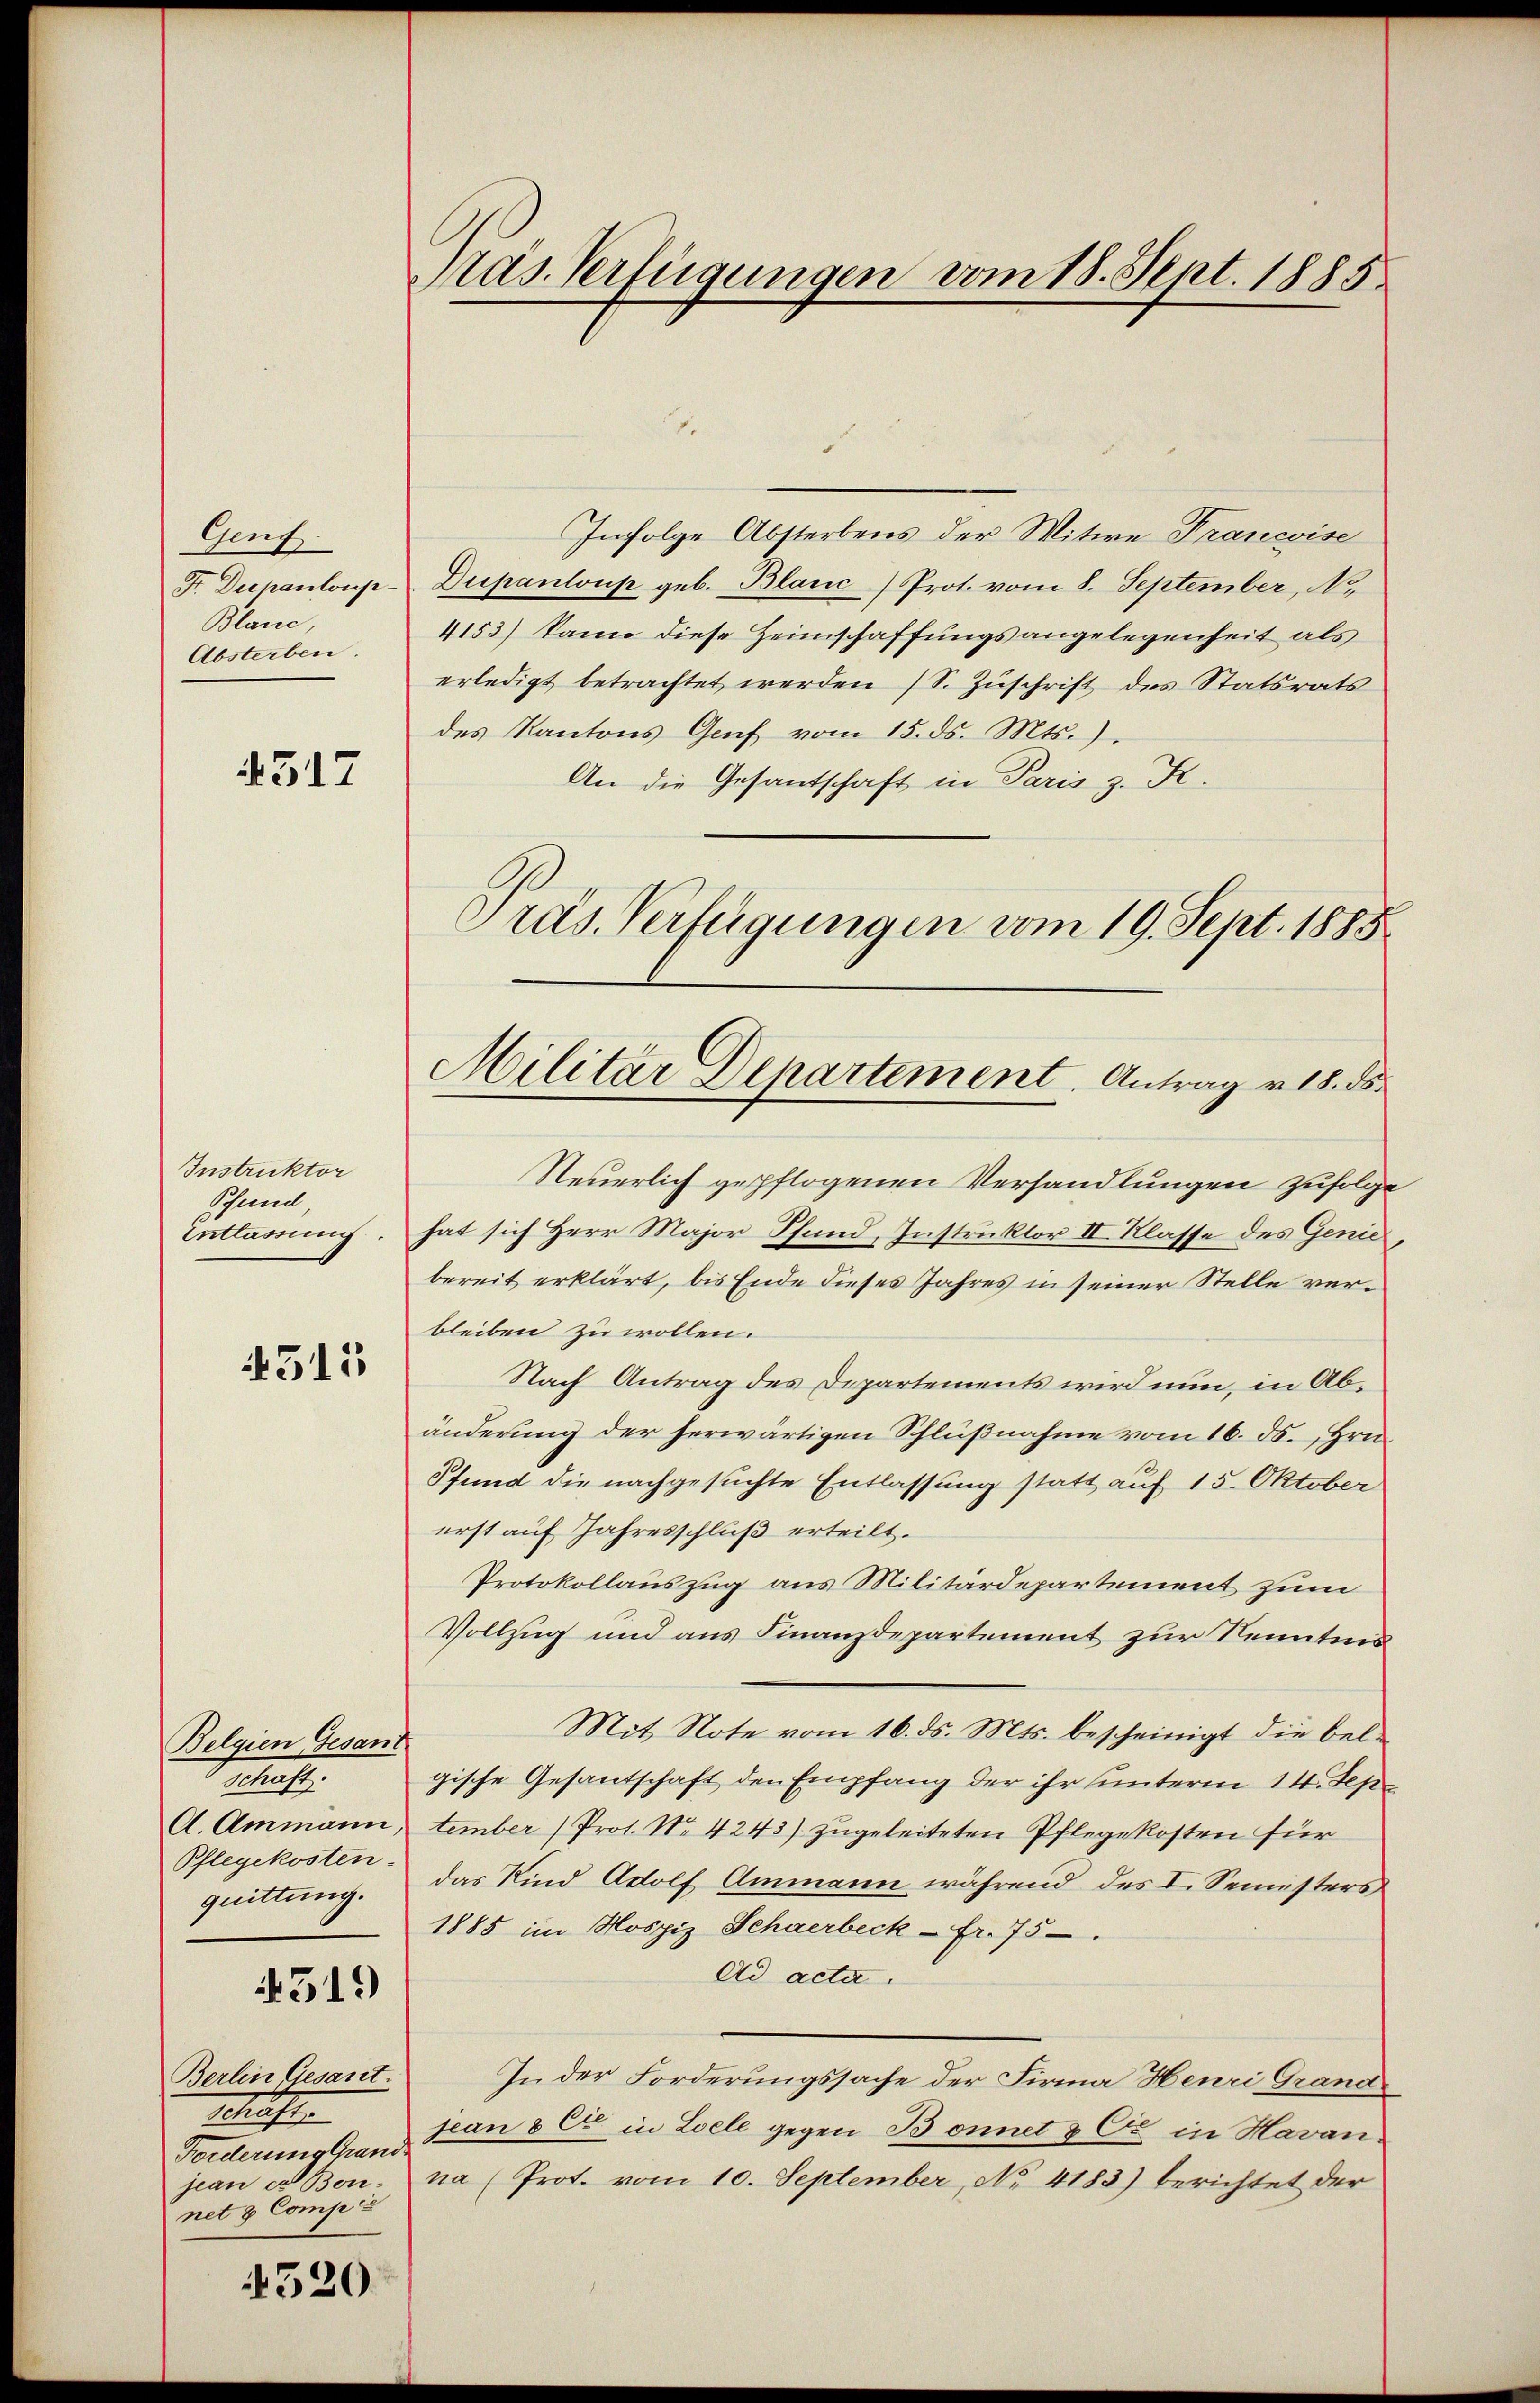
Gef
Fr. Dupantonse-
Blanc,
Absterben.

4517

Instruktor
Pfund
Entlassung.

4315

Belgien Gesant
.
A. Ammann,
Pflegekosten.
quittung.

519)

Berlin Gesant
Schlecht
Forderung Grand
jean es Bonnet & Compa

520.

Pras. Verfügungen vom 18. Sept. 1885

2
Infolge Absterbens der Mitwe Francoise
Dupanloup geb. Blanc Prot. vom 8. September, No
4153) kann diese Heimschaffungsangelegenheit als
erledigt betrachtet werden S. Zŭschrift des Statsrats
des Kantons Genf vom 15. ds. Mts.)
An die Gesantschaft in Paris z. K.
Steuerlich gepflogenen Verhandlungen zufolge
hat sich Herr Major Pfund, Instruktor II. Klasse des Genie
bereit erklärt, bis Ende dieses Jahres in seiner Stelle verbleiben zu wollen.
Nach Antrag des Departements wird nun, in Abänderung der herwärtigen Schlußnahme vom 16. ds. Hrn.
Pfund die nachgesuchte Entlassung statt auf 15. Oktober
erst auf Jahresschluß erteilt.
Protokollauszug aus Militärdepartement zum
Vollzug und aus Finanzdepartement zur Kenntnis
Mit Note vom 16. ds. Mts. bescheinigt die bel-
gische Gesantschaft den Empfang der ihr unterm 14. Sep
tember (Prot. No 4243) zugeleiteten Pflegekosten für
das Kind Adolf Ammann während des I. Seinisters
1885 im Mospiz Schaerbeck - fr. 75
Ad acta.
In der Forderungssache der Firma Henri Grand-
jean 8 C in Loele gegen Bonnet & Co. in Havan
na (Prot. vom 10. September, No. 4183) berichtet der

Präs. Verfügungen vom 19. Sept. 1888
Militär Departement. Antrag v. 18. ds.